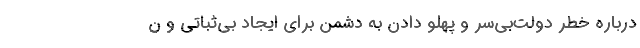
درباره خطر دولت‌بی‌سر و پهلو دادن به دشمن برای ایجاد بی‌ثباتی و ن